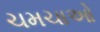
ચમચાઓ